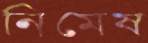
নিমেষ